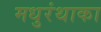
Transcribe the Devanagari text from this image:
मधुरंथाका